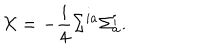
LaTeX: { \cal X } = - \frac { i } { 4 } \Sigma ^ { i a } \Sigma _ { a } ^ { i } .